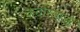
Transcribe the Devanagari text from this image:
कठोरताओं